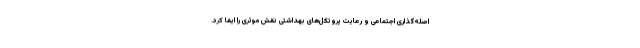
اصله‌گذاری اجتماعی و رعایت پروتکل‌های بهداشتی نقش موثری را ایفا کرد.